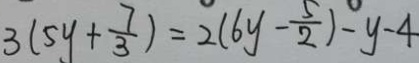
3 ( 5 y + \frac { 7 } { 3 } ) = 2 ( 6 y - \frac { 5 } { 2 } ) - y - 4